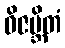
ဝိဇမ္ဘိတံ